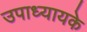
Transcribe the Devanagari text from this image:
उपाध्यायके